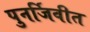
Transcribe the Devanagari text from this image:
पुनर्जिवीत